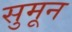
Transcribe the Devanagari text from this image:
सुमून